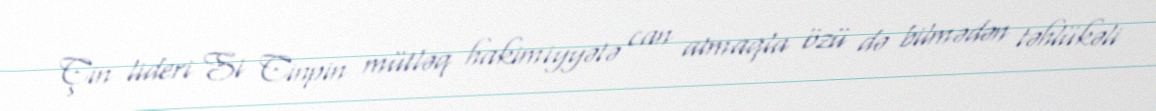
Çin lideri Si Cinpin mütləq hakimiyyətə can atmaqla özü də bilmədən təhlükəli